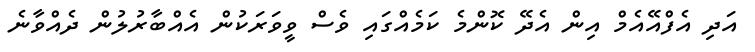
އަދި އެފްއޭއެމް އިން އެދޭ ކޮންމެ ކަމެއްގައި ވެސް ވީވަރަކުން އެއްބާރުލުން ދެއްވާނެ